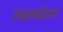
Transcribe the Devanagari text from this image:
लखलखीतपणे